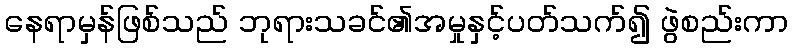
နေရာမှန်ဖြစ်သည် ဘုရားသခင်၏အမှုနှင့်ပတ်သက်၍ ဖွဲစည်းကာ